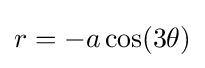
r=-a\cos(3\theta )